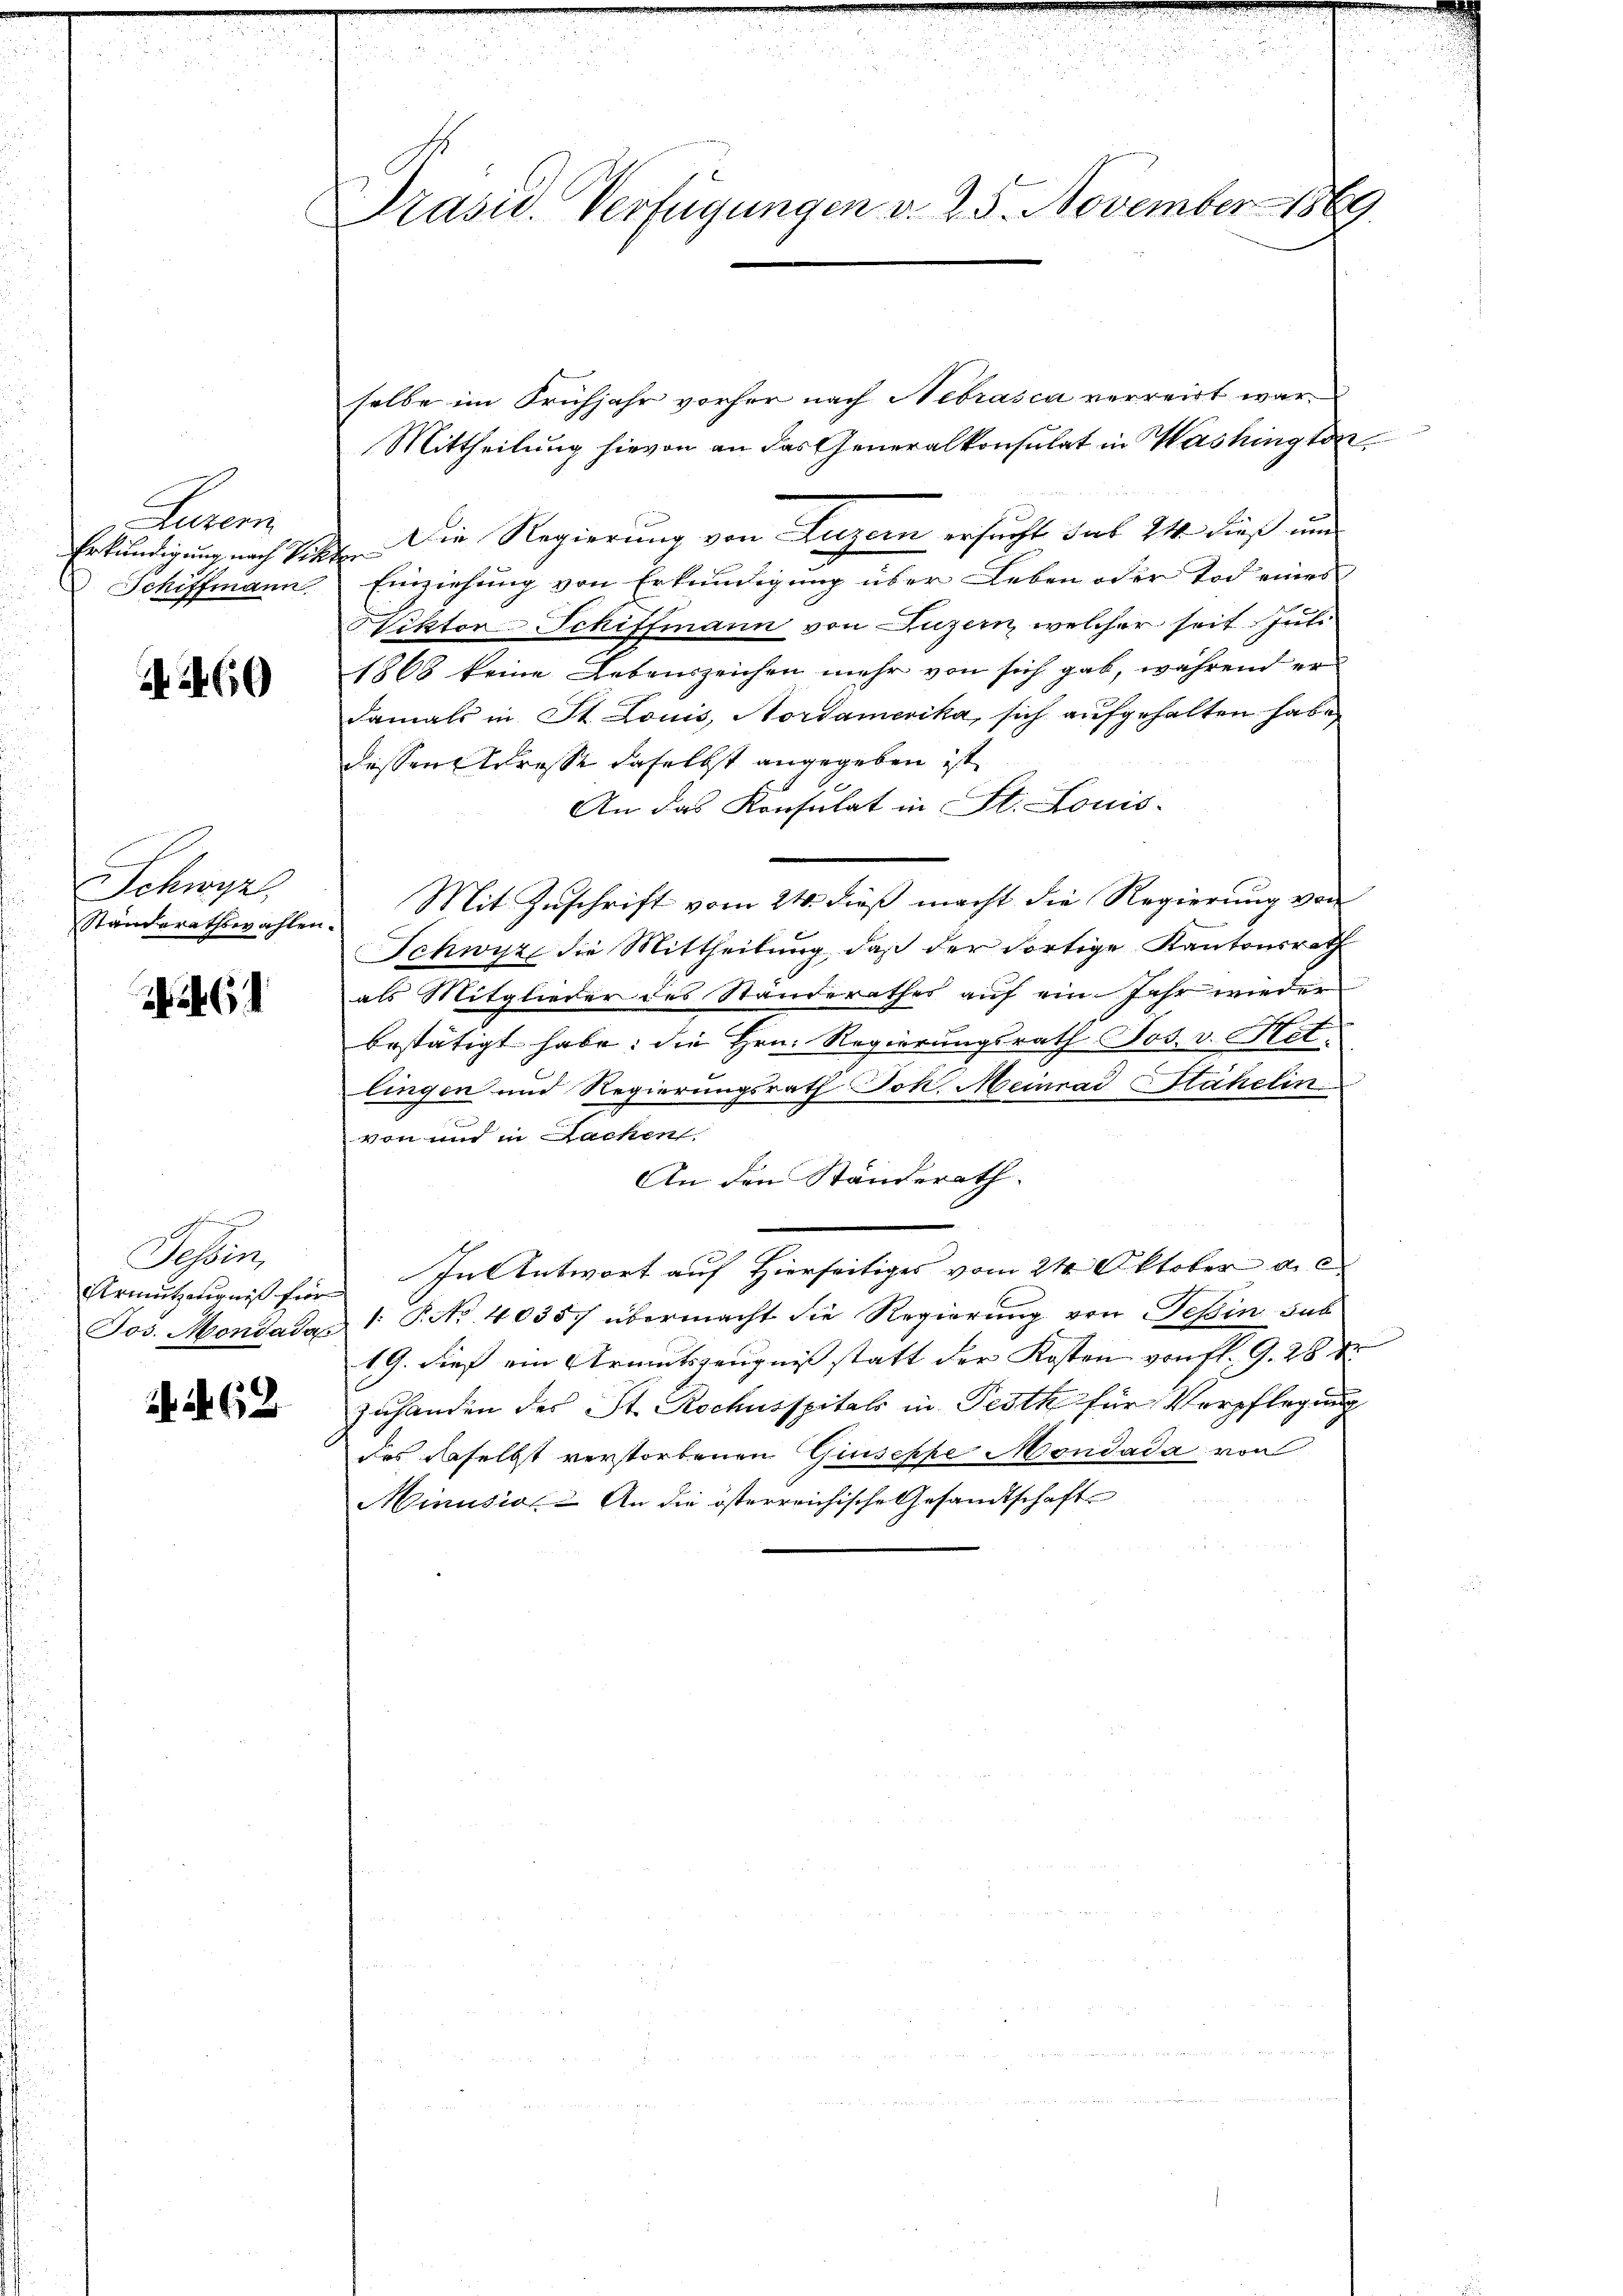
Retern
Erkundigung nach Sitter
Schiffmann

A 469

Schwyz,

u
Tessin,
Armutzeugniß für

. 62

Präsid.. Verfügungen v. 23. November 1869.

selbe im Frühjahr vorher nach Nebrasca verreist war.
Mittheilung hievon an das Generalkonsulat in Washington
Die Regierung von Luzern ersucht das 24 dieß und
Einziehung von Erkundigung über Leben oder Tod eines
WViktor Schiffmann von Luzern, welcher seit Juli
1868 keine Lebenszeichen mehr von sich gab, während er
damals in St. Louis, Nordamerika, sich aufgehalten habe
dessen Arrasse daselbst angegeben ist,
An das Konsulat in St. Louis-
Standsrathswahlen. Mit Zuschrift vom 24. dieß macht die Regierung von
Schwyz die Mittheilung, daß der dortige Kantonsrath
als Mitglieder des Standerathes auf ein Jahr wieder
bestätigt habe: die Hrn. Regierungsrath Jos. v. Het.
lingen und Regierungsrath Joh. Meinrad SStähelin
von und in Sachen.
An den Ständerath.
In Antwort auf Hierseitiges vom 21. Oktober d. c
Jos. Mondadas P. No 40357 übermacht die Regierung von Tessin sub
19. dieß ein Armutszeugnissstatt der Kosten von fl. 9. 28 Xr
zuhanden des St. Rochusspitals in Pesth für Verpflegung
das daselbst verstorbenen Giuseppe Mondada von
Minusion. An die österreichische Gesandtschaft